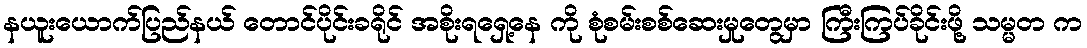
နယူးယောက်ပြည်နယ် တောင်ပိုင်းခရိုင် အစိုးရရှေ့နေ ကို စုံစမ်းစစ်ဆေးမှုတွေမှာ ကြီးကြပ်ခိုင်းဖို့ သမ္မတ က